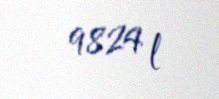
9824 l